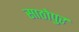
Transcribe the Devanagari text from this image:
साठोपुर